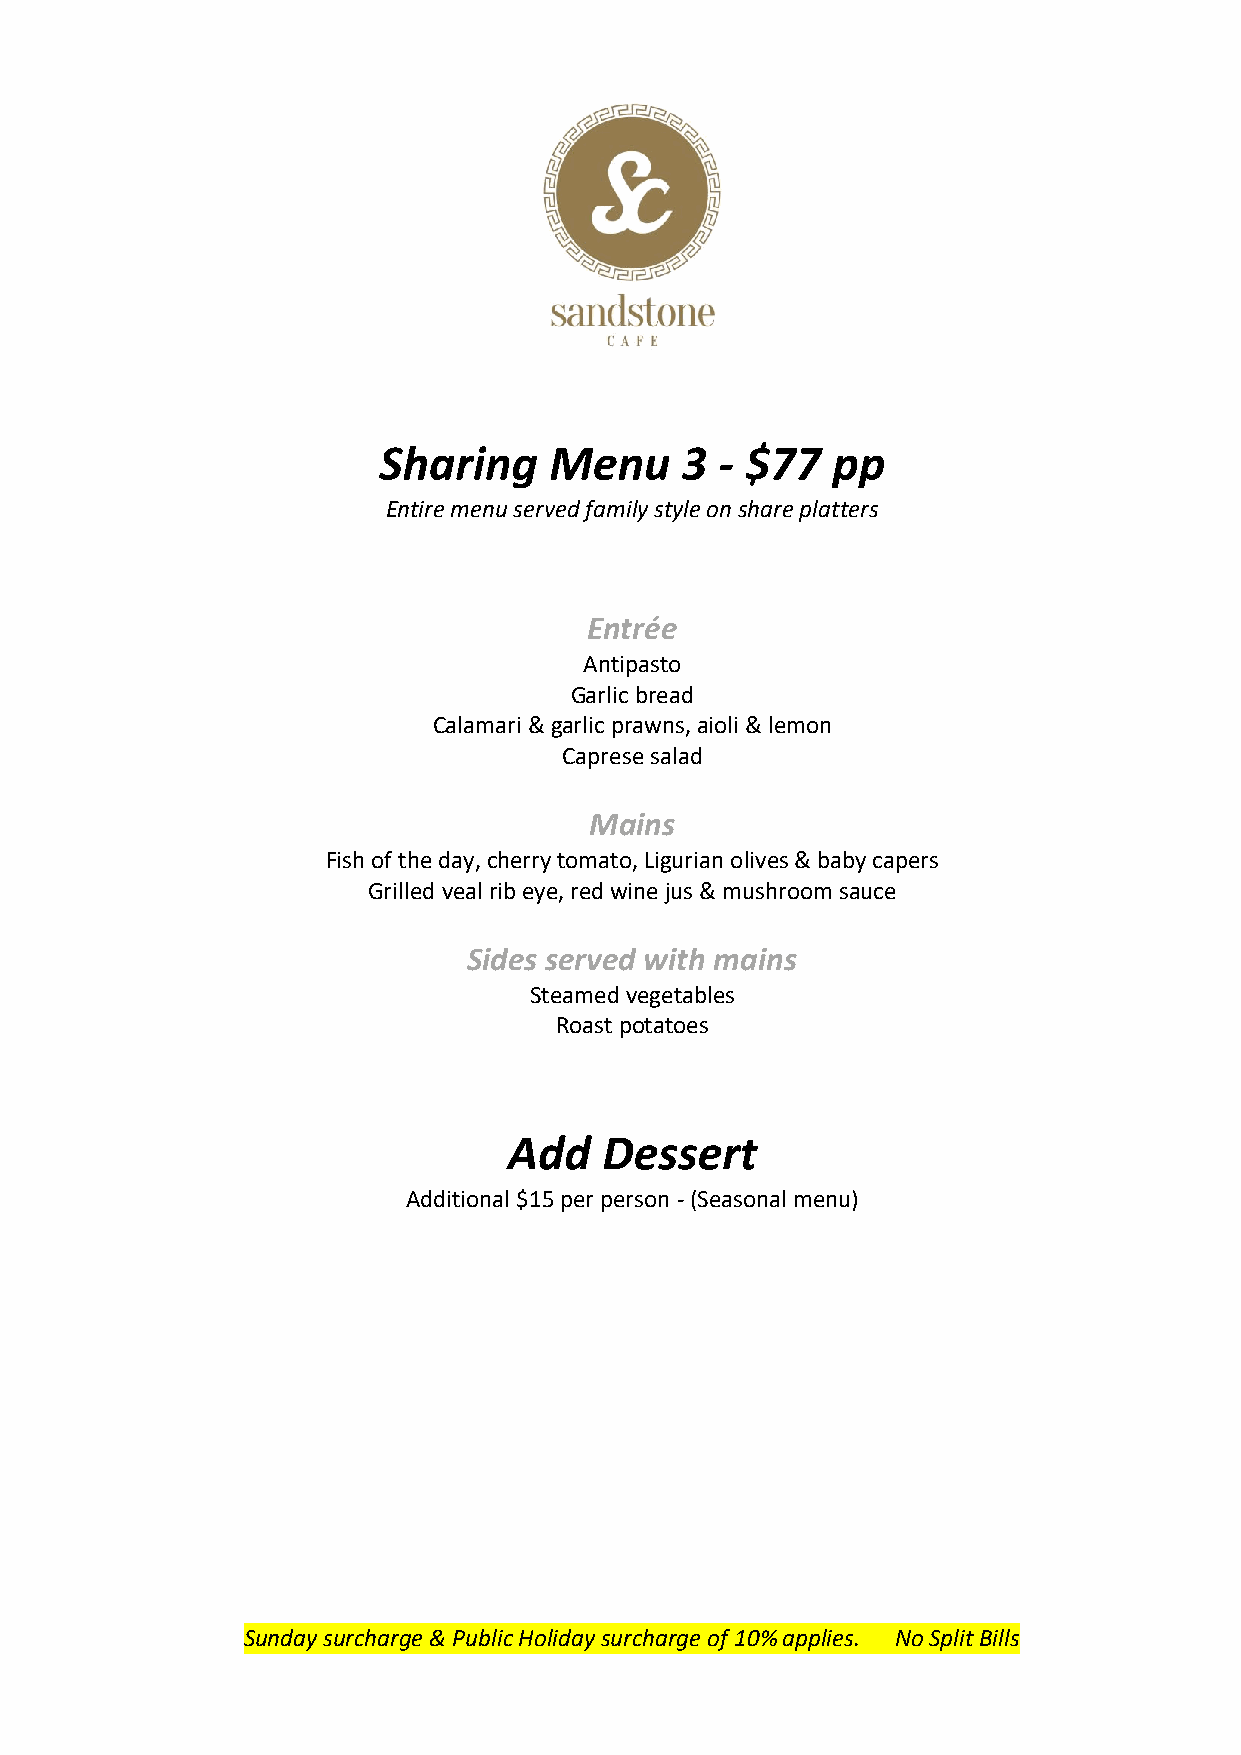
Sharing    Menu     3  - $77  pp
 Entire menu served family style on share platters
 Entrée
 Antipasto
 Garlic bread
 Calamari & garlic prawns, aioli & lemon
 Caprese salad
 Mains
 Fish of the day, cherry tomato, Ligurian olives & baby capers
 Grilled veal rib eye, red wine jus & mushroom sauce
 Sides served with mains
 Steamed vegetables
 Roast potatoes
 Add   Dessert
 Additional $15 per person - (Seasonal menu)
 Sunday surcharge & Public Holiday surcharge of 10% applies. No Split Bills